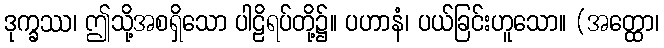
ဒုက္ခဿ၊ ဤသို့အစရှိသော ပါဠိရပ်တို့၌။ ပဟာနံ၊ ပယ်ခြင်းဟူသော။ (အတ္ထော၊